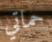
حماتي